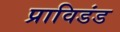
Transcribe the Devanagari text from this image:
प्राविडंड